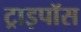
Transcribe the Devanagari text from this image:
ट्राइपॉस